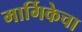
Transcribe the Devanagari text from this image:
मार्गिकेचा